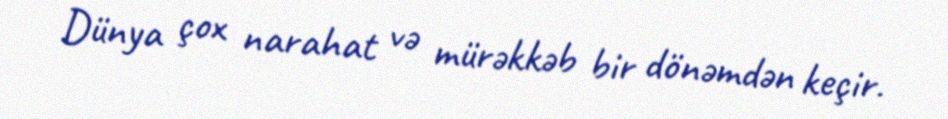
Dünya çox narahat və mürəkkəb bir dönəmdən keçir.